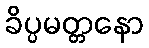
ခိပ္ပမတ္တနော